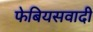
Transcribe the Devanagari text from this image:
फेबियसवादी